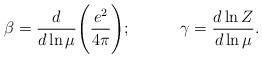
LaTeX: \begin{align*}\beta = \frac{d}{d\ln\mu}\Bigg(\frac{e^2}{4\pi}\Bigg);\qquad\quad\gamma = \frac{d\ln Z}{d\ln\mu}.\end{align*}